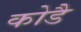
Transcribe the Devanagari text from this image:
कोडै